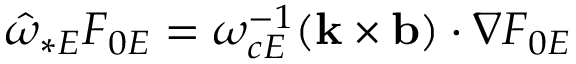
{ \hat { \omega } } _ { \ast E } F _ { 0 E } = \omega _ { c E } ^ { - 1 } ( { \bf k } \times { \bf b } ) \cdot \nabla F _ { 0 E }